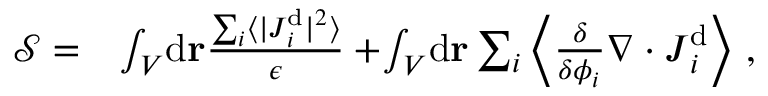
\begin{array} { r l } { \mathcal { S } = } & { \int _ { V } \! \mathrm { d } \mathbf { r } \frac { \sum _ { i } \langle \vert { \boldsymbol { J } } _ { i } ^ { \mathrm { d } } \vert ^ { 2 } \rangle } { \epsilon } + \! \int _ { V } \! \mathrm { d } \mathbf { r } \sum _ { i } \left\langle \frac { \delta } { \delta { \phi _ { i } } } \nabla \cdot \boldsymbol { J } _ { i } ^ { \mathrm { d } } \right\rangle \, , } \end{array}